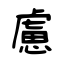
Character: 慮